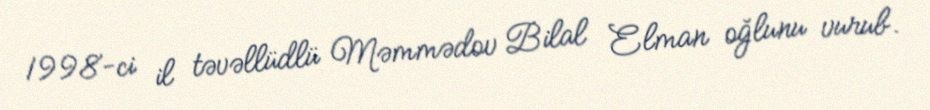
1998-ci il təvəllüdlü Məmmədov Bilal Elman oğlunu vurub.